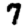
Digit: 7